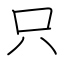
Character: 只